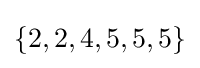
\{2,2,4,5,5,5\}